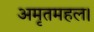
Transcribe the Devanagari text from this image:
अमृतमहल।